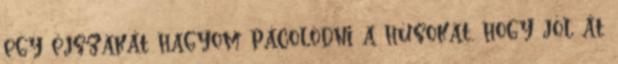
egy éjszakát hagyom pácolódni a húsokat, hogy jól át